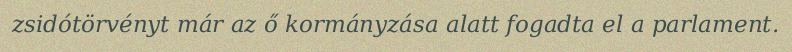
zsidótörvényt már az ő kormányzása alatt fogadta el a parlament.